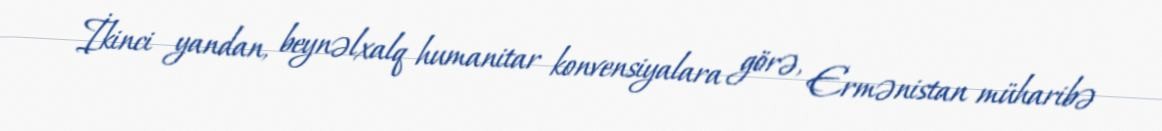
İkinci yandan, beynəlxalq humanitar konvensiyalara görə, Ermənistan müharibə